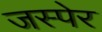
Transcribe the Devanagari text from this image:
जस्पेर